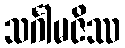
သင်္ဂါမဇိဿ